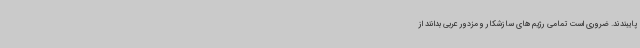
پایبندند. ضروری است تمامی رژیم های سازشکار و مزدور عربی بدانند از